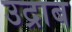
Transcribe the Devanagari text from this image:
उद्राब